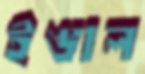
ইঙাল